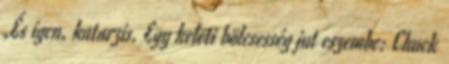
„És igen, katarzis. Egy keleti bölcsesség jut eszembe: Chuck